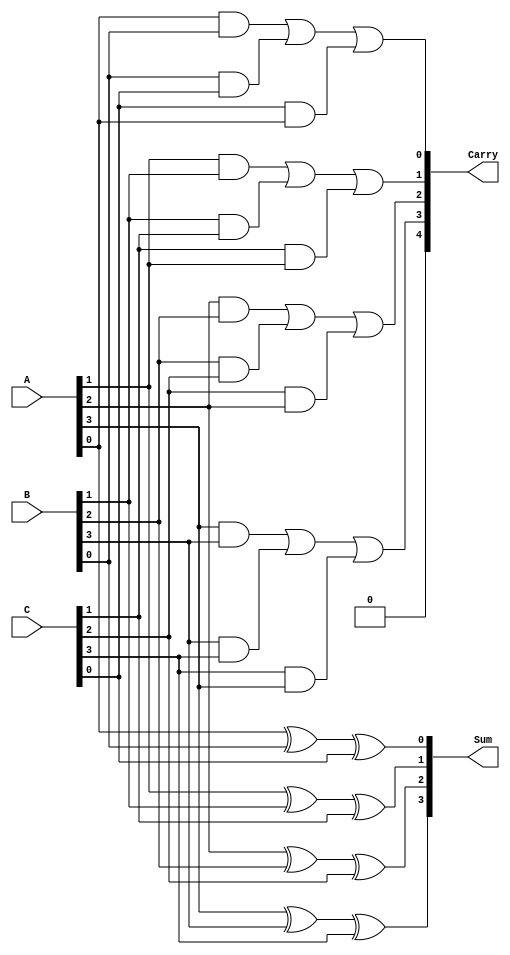
module CarrySaveAdder #(
    parameter n = 4  // Width of the input binary numbers
)(
    input  [n-1:0] A,  // Input A
    input  [n-1:0] B,  // Input B
    input  [n-1:0] C,  // Input C
    output [n-1:0] Sum, // Output Sum
    output [n:0]   Carry // Output Carry (n+1 bits)
);
    
    wire [n:0] carry; // Internal wire to hold carry bits

    // Compute sum and carry for each bit position
    genvar i;
    generate
        for (i = 0; i < n; i = i + 1) begin : CSA
            // Sum bit calculation
            assign Sum[i] = A[i] ^ B[i] ^ C[i];
            
            // Carry bit calculation
            assign carry[i+1] = (A[i] & B[i]) | (B[i] & C[i]) | (C[i] & A[i]);
        end
    endgenerate

    // The carry output includes the carry from the last bit as well
    assign Carry = {carry[n], carry[n-1:1]}; // n+1 bits

endmodule